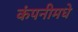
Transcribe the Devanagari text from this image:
कंपनीमधे